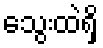
သွေးထဲရှိ